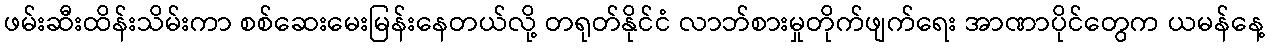
ဖမ်းဆီးထိန်းသိမ်းကာ စစ်ဆေးမေးမြန်းနေတယ်လို့ တရုတ်နိုင်ငံ လာဘ်စားမှုတိုက်ဖျက်ရေး အာဏာပိုင်တွေက ယမန်နေ့